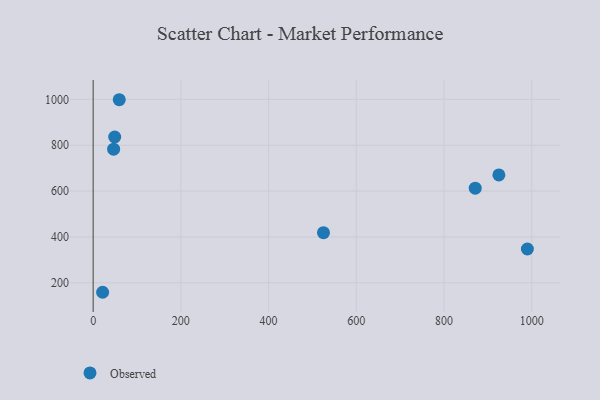
{"axis": {"x": "Study Hours", "y": "Sales"}, "legend": ["Observed"], "data": [{"x": "525.2", "y": 418.6, "type": "Observed"}, {"x": "21.6", "y": 158.6, "type": "Observed"}, {"x": "925.1", "y": 670.6, "type": "Observed"}, {"x": "871.2", "y": 612.9, "type": "Observed"}, {"x": "49.1", "y": 835.8, "type": "Observed"}, {"x": "990.1", "y": 347.3, "type": "Observed"}, {"x": "59.5", "y": 998.5, "type": "Observed"}, {"x": "46.7", "y": 782.7, "type": "Observed"}]}